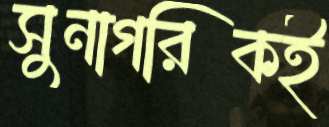
সুনাগরিকই